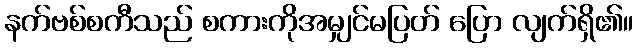
နက်ဗစ်စကီသည် စကားကိုအမျှင်မပြတ် ပြော လျက်ရှိ၏။